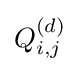
Q_{i,j}^{(d)}